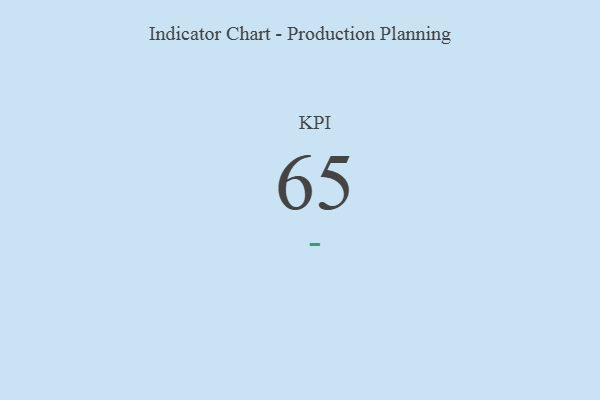
{"axis": {"x": "KPI", "y": "Value"}, "legend": [""], "data": [{"x": "KPI", "y": 65, "type": ""}]}